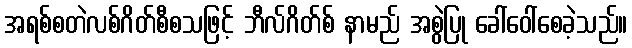
အရစ်စတဲလစ်ဂိတ်စီစသဖြင့် ဘီလ်ဂိတ်စ် နာမည် အစွဲပြု ခေါ်ဝေါ်စေခဲ့သည်။